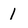
Character: 1